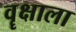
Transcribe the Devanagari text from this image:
वॄक्षाला